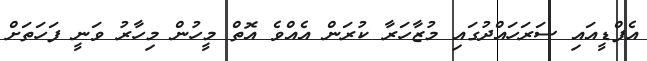
އެފްޑީއައި ސަރަހައްދުގައި މުޒާހަރާ ކުރަން އެއްވެ އޮތް މީހުން މިހާރު ވަނީ ފަހަތަށް